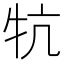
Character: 牨